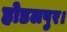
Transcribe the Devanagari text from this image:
होडलपुर।